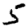
Digit: 5